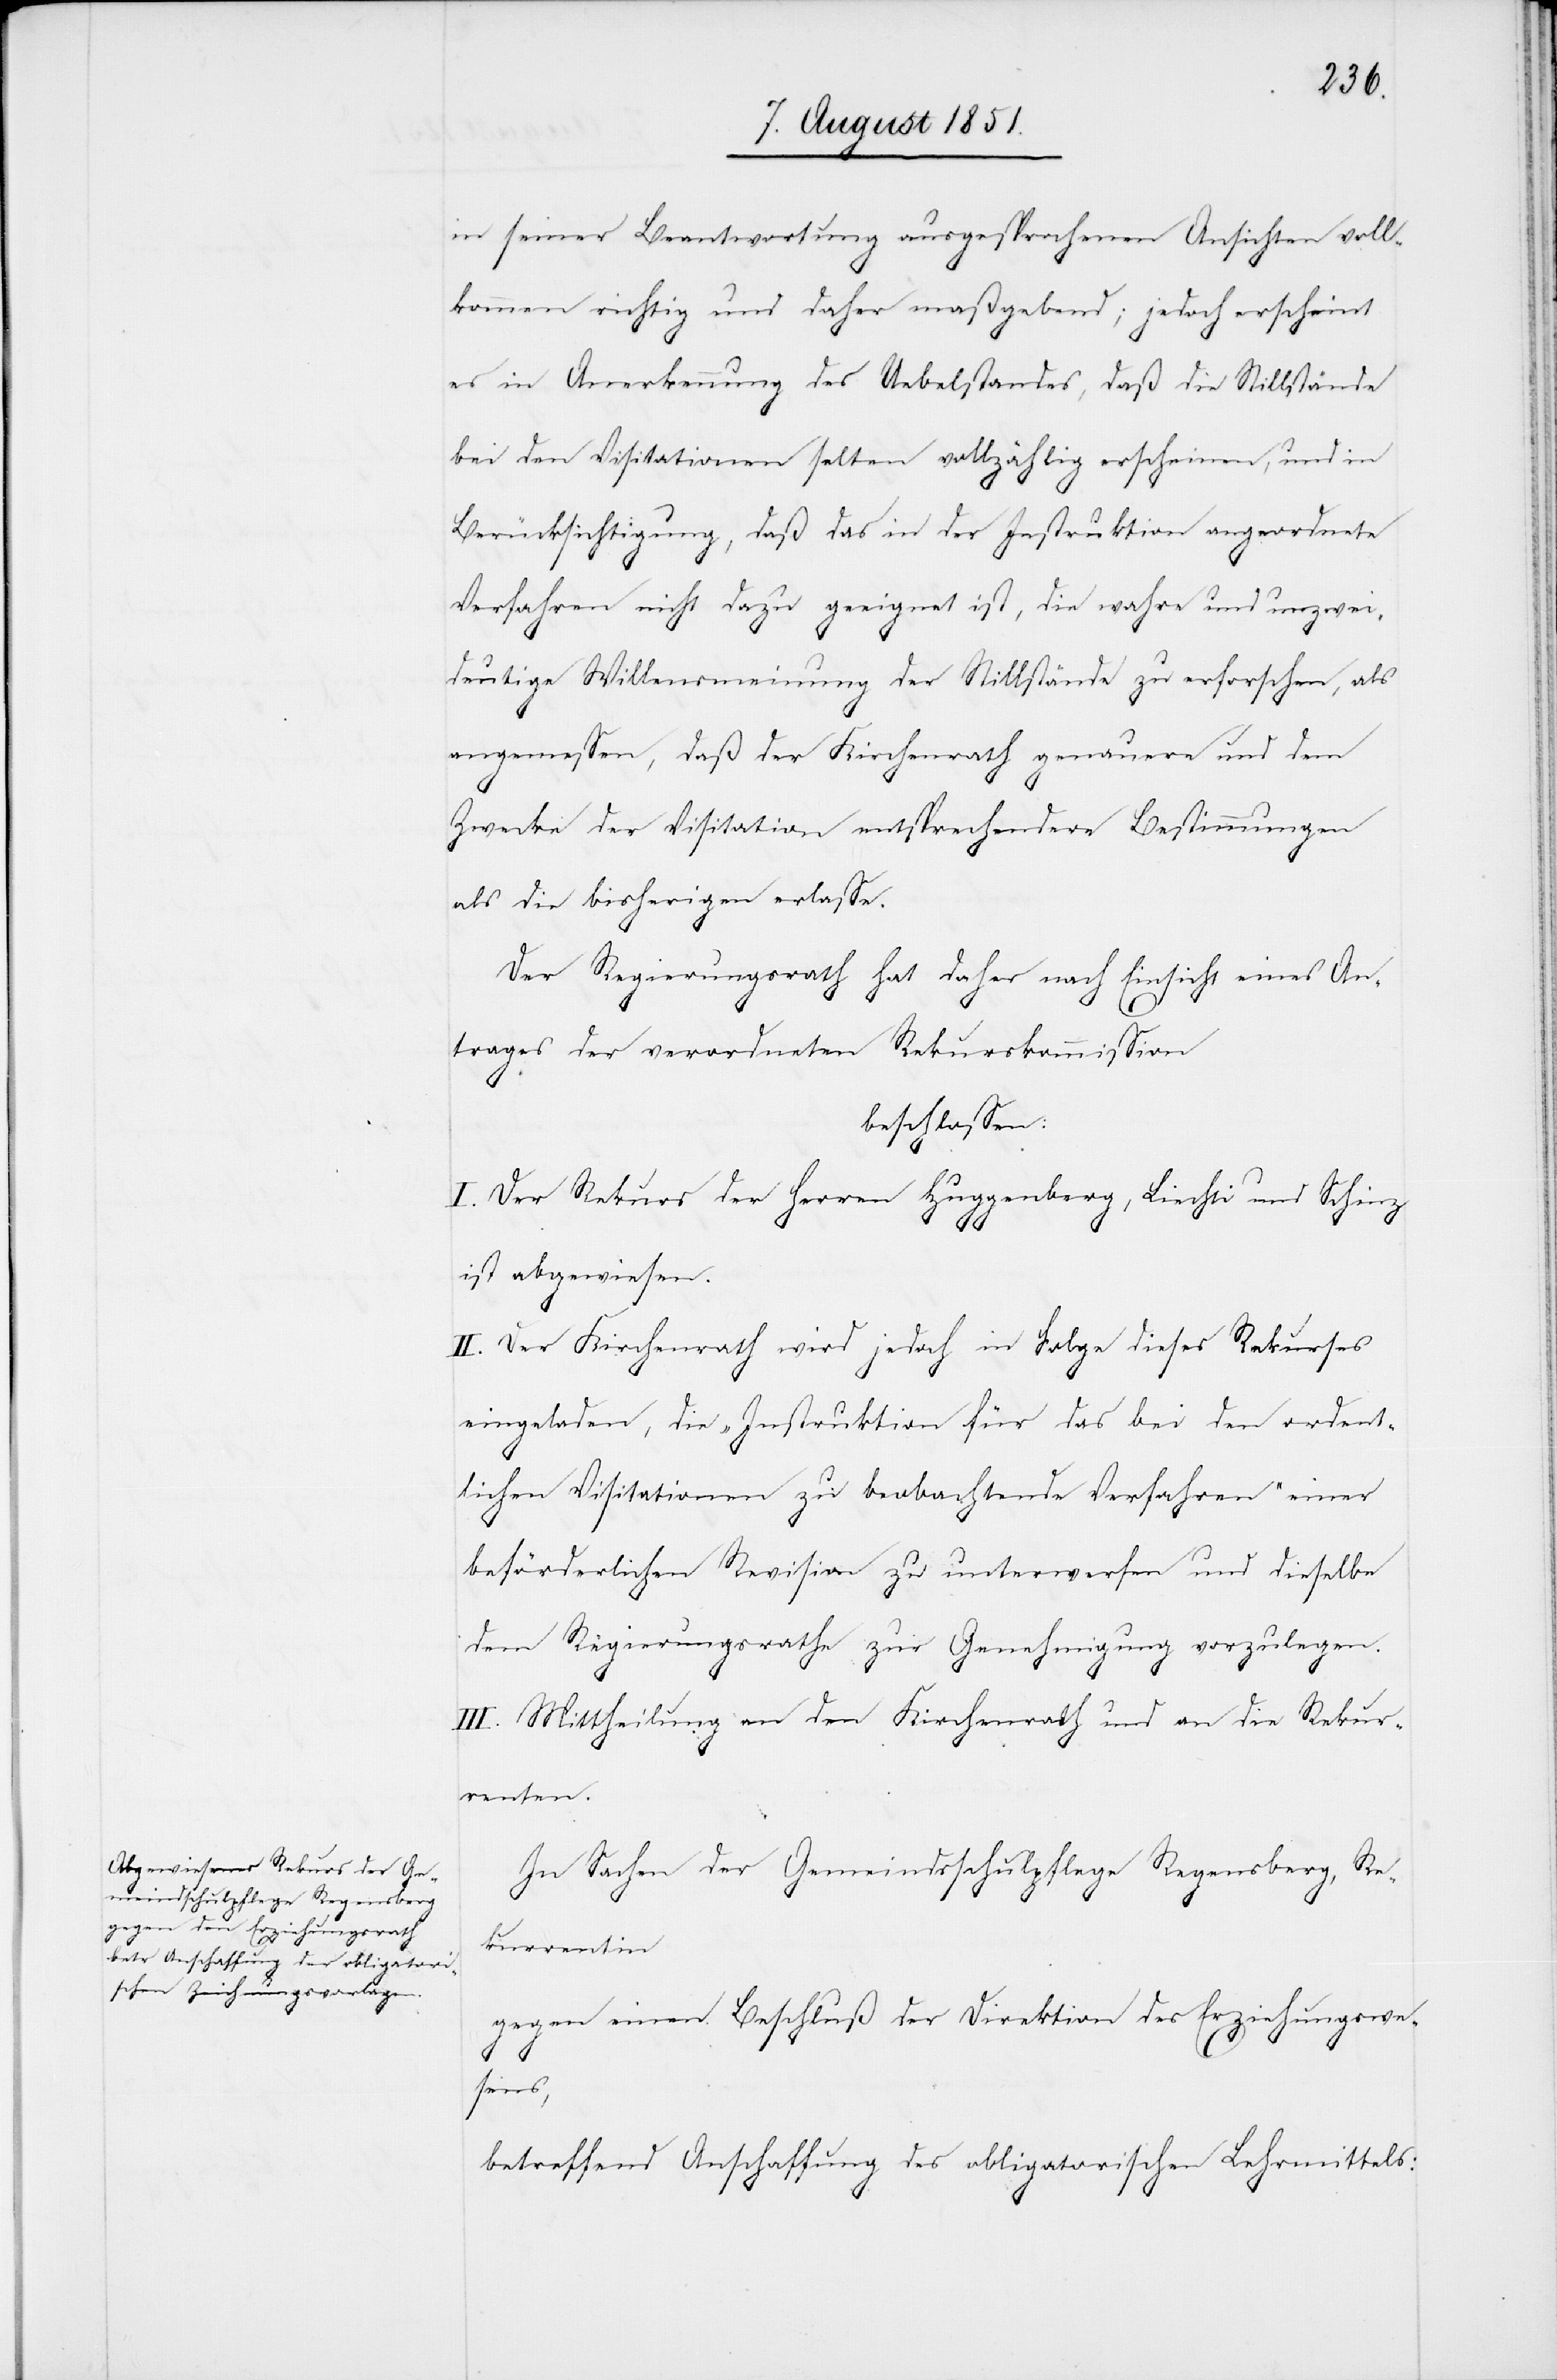
in seiner Beantwortung ausgesprochenen Ansichten voll¬
kommen richtig und daher maßgebend; jedoch erscheint
es in Anerkennung des Uebelstandes, daß die Stillstände
bei den Visitationen selten vollzählig erscheinen, und in
Berücksichtigung, daß das in der Instruktion angeordnete
Verfahren nicht dazu geeignet ist, die wahre und unzwei¬
deutige Willensmeinung der Stillstände zu erforschen, als
angemessen, daß der Kirchenrath genauere und dem
Zwecke der Visitation entsprechendere Bestimmungen
als die bisherigen erlasse.
Der Regierungsrath hat daher nach Einsicht eines An¬
trages der verordneten Rekurskommission
beschlossen:
I. Der Rekurs der Herren Huggenberg, Liechti und Schinz
ist abgewiesen.
II. Der Kirchenrath wird jedoch in Folge dieses Rekurses
eingeladen, die „Instruktion für das bei den ordent¬
lichen Visitationen zu beobachtende Verfahren“ einer
beförderlichen Revision zu unterwerfen und dieselbe
dem Regierungsrathe zur Genehmigung vorzulegen.
III. Mittheilung an den Kirchenrath und an die Rekur¬
renten.
In Sachen der Gemeindsschulpflege Regensberg, Re¬
kurrentin
gegen einen Beschluß der Direktion des Erziehungswe¬
sens,
betreffend Anschaffung des obligatorischen Lehrmittels: